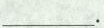
___。